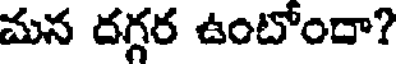
మన దగ్గర ఉంటోందా?